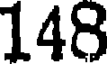
148